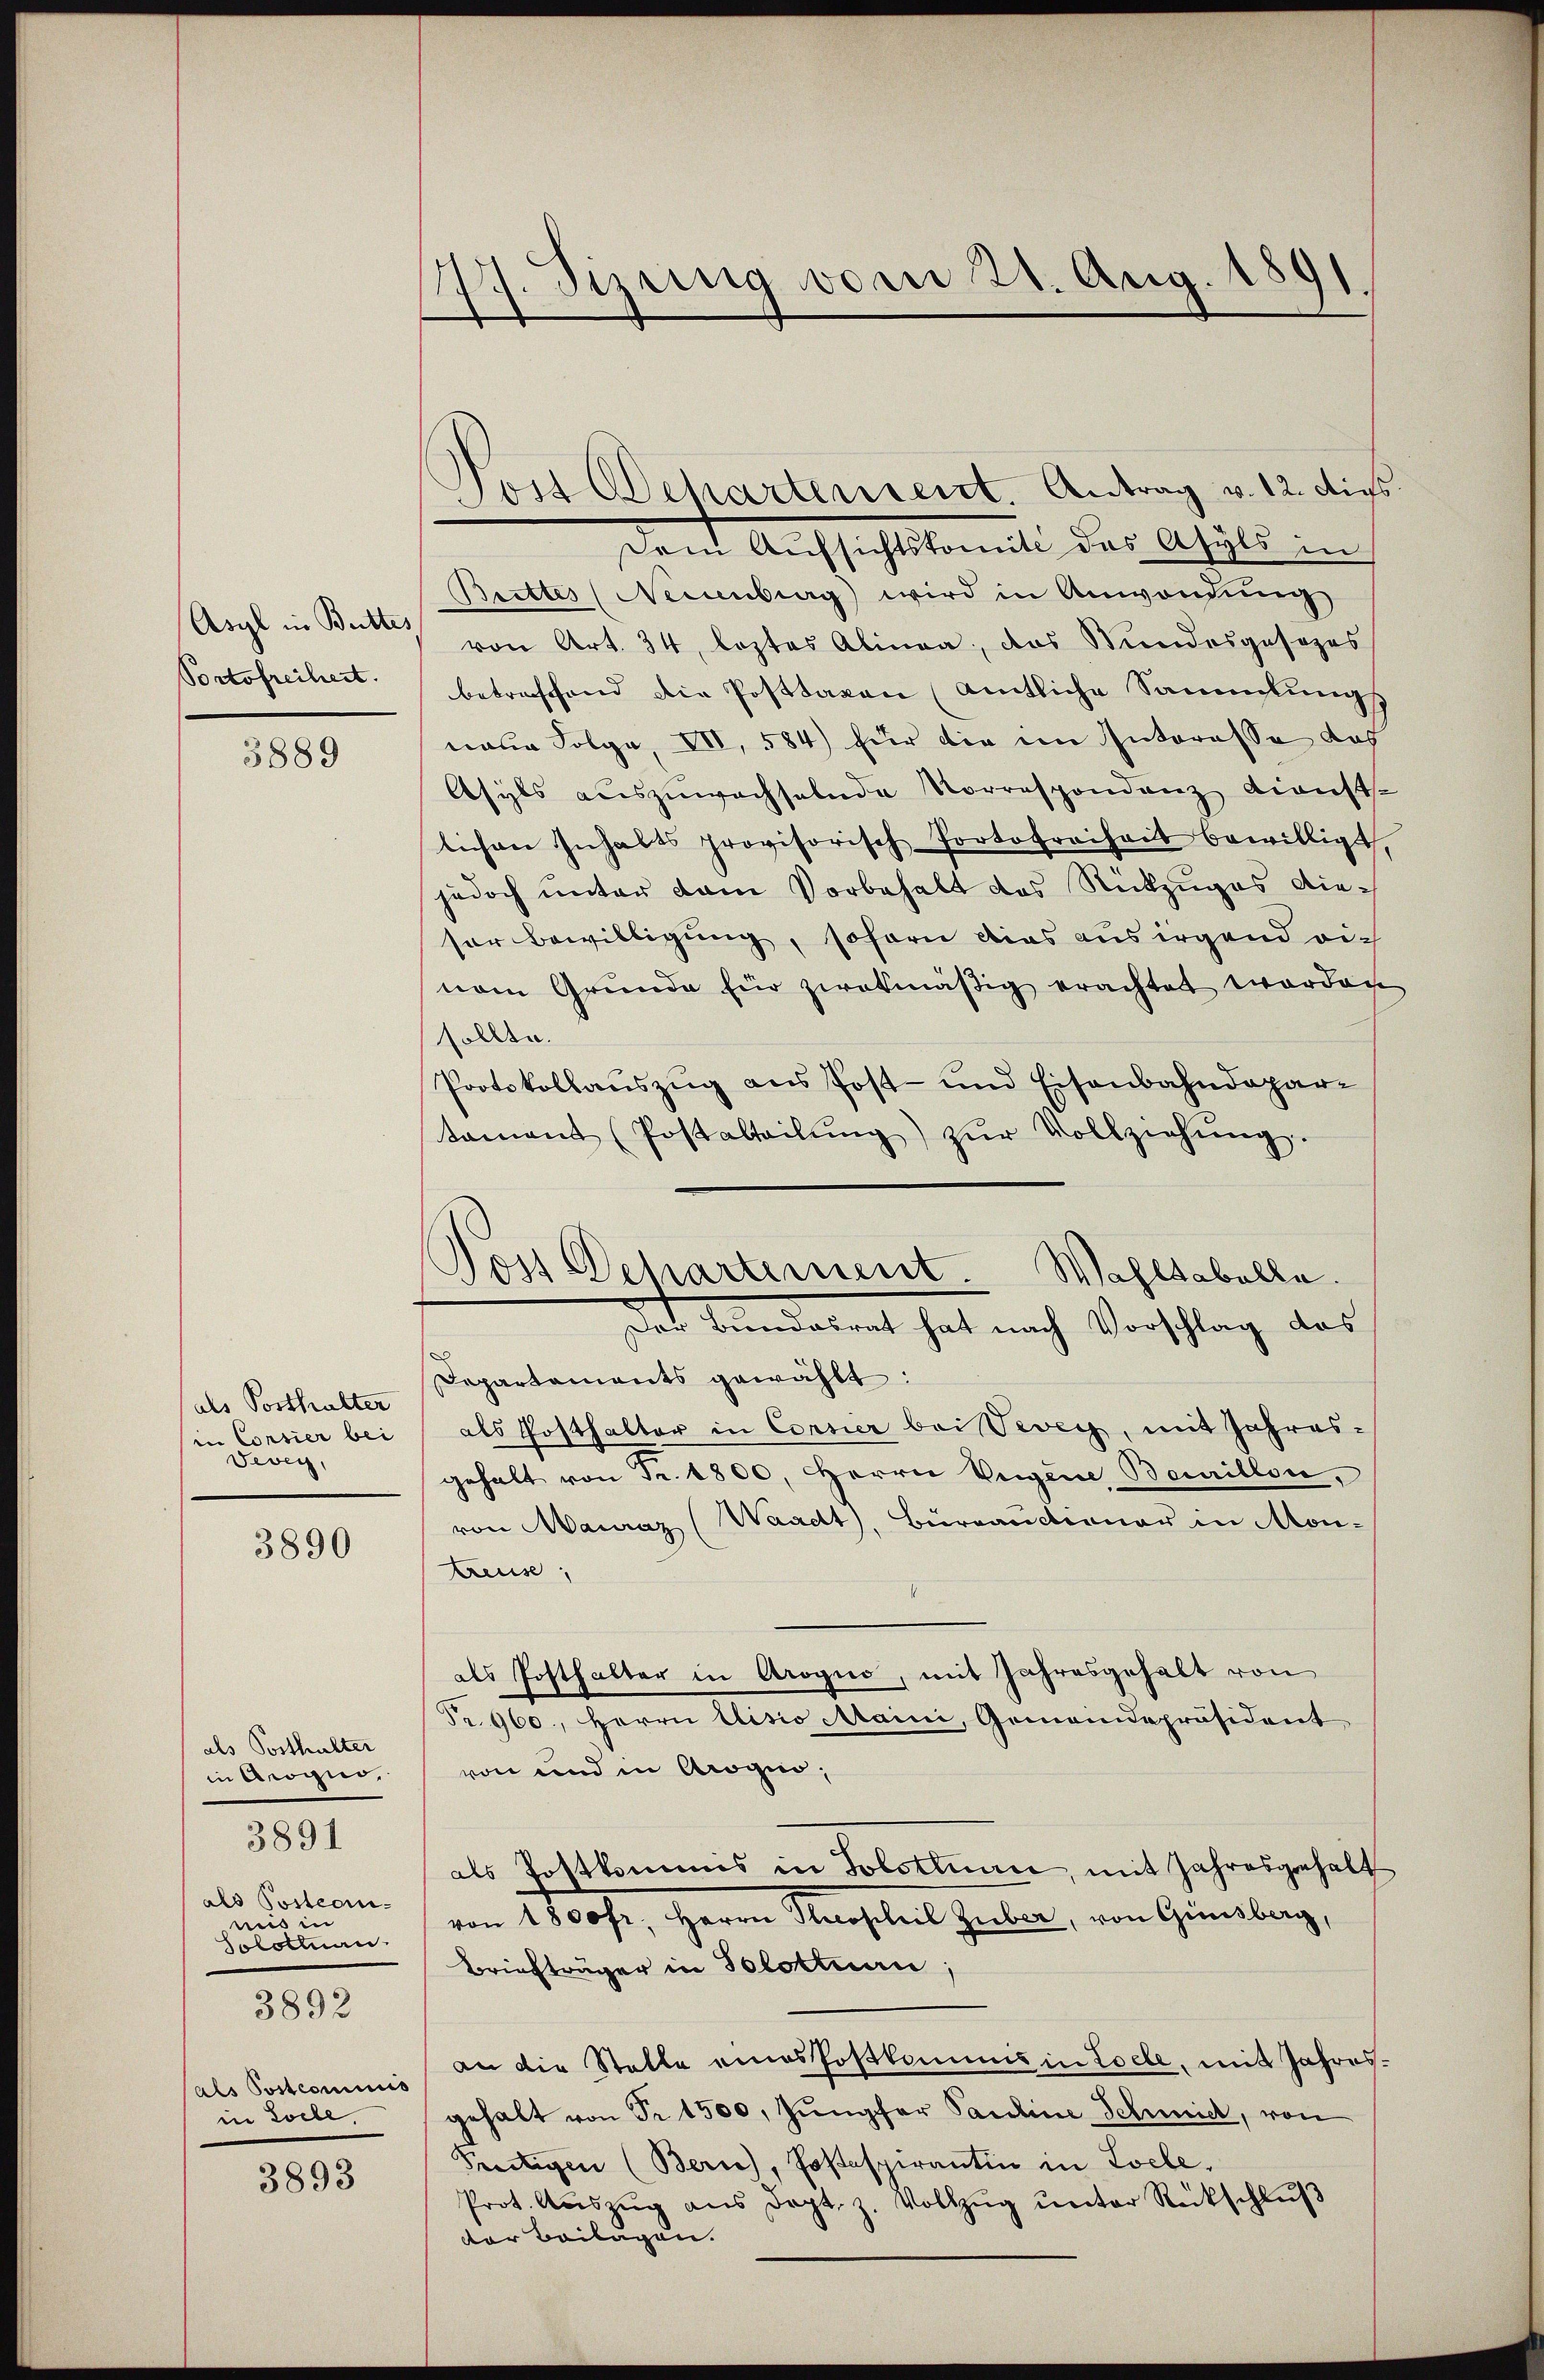
Asyl in Butter,
Portofreiheit.

3889

als Posthalter
in Consier bei
Vevey,

3890

als Posthalter
in Arogio,
als Posteamnuis in
Solottuan
3892
als Postcommis
in Loche,

3891

3893

77. Sizung vom 21. Aug. 1891.

Pos Departement.
Wahltabelle.
Der Bundesrat hat nach Vorschlag das

Von Departenrent. Antrag v. 12. dies
Dem Aufsichtskomite des Asyls in
Bettes (Neuenburg) wird in Anwendŭng
von Art. 34, leztes Alinea, das Stundesgesezes
betreffend die Posttaxen (amtliche Sammlungs
naue Folge, VII, 584 für die im Interesse das
Asyls auszuwachselnde Vorrespondenz dienst-
lichen Inhalts provisorisch Portofreiheit bewilligt,
jedoch unter dem Vorbehalt des Rückzuges die-
sor Bewilligung, sofern dies aus irgend rich
nem Gründe für zwekmäßig erachtet worden
sollte.
Protokollauszug aus Post- und Eisenbahndepar-
tament (Postalteilŭng zŭr Vollziehŭng.
D
Departaments gewählt:
als Posthalter in Cornier bei Vevey, mit Jahres-
gehalt von Fr. 1800. Herrn Vergene Beuillon,
von Mauraz (Waadt, Büreanctionar in Monreuse,
als Posthalter in Arogno, mit Jahresgehalt von
Fr. 960., Herrn Elisio Maini, Gemeindepräsident
von und in Arogi,
als Postkommis in Solothurn, mit Jahresgehalt
von 1800 fr., Herrn Secosheit Zuber, von Ginsberg,
Briefträger in Solottuan
an die Statte eines Postkammes in Tolle, mit Jahresgehalt von Fr. 1500, Jungfer Pauline Schmid, von
Prostigen (Berne), Postspirantin in Loche,
Prot. Aŭszŭg ans Doct. z. Vollzŭg ŭnter Rückschlŭβ
der Beilagen.